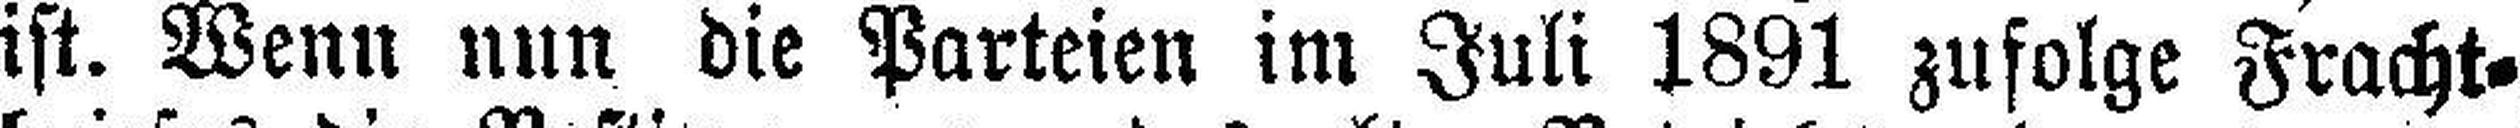
ist. Wenn nun die Parteien im Juli 1891 zufolge Fracht¬